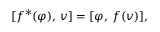
[ f ^ { * } ( \varphi ) , \, v ] = [ \varphi , \, f ( v ) ] ,